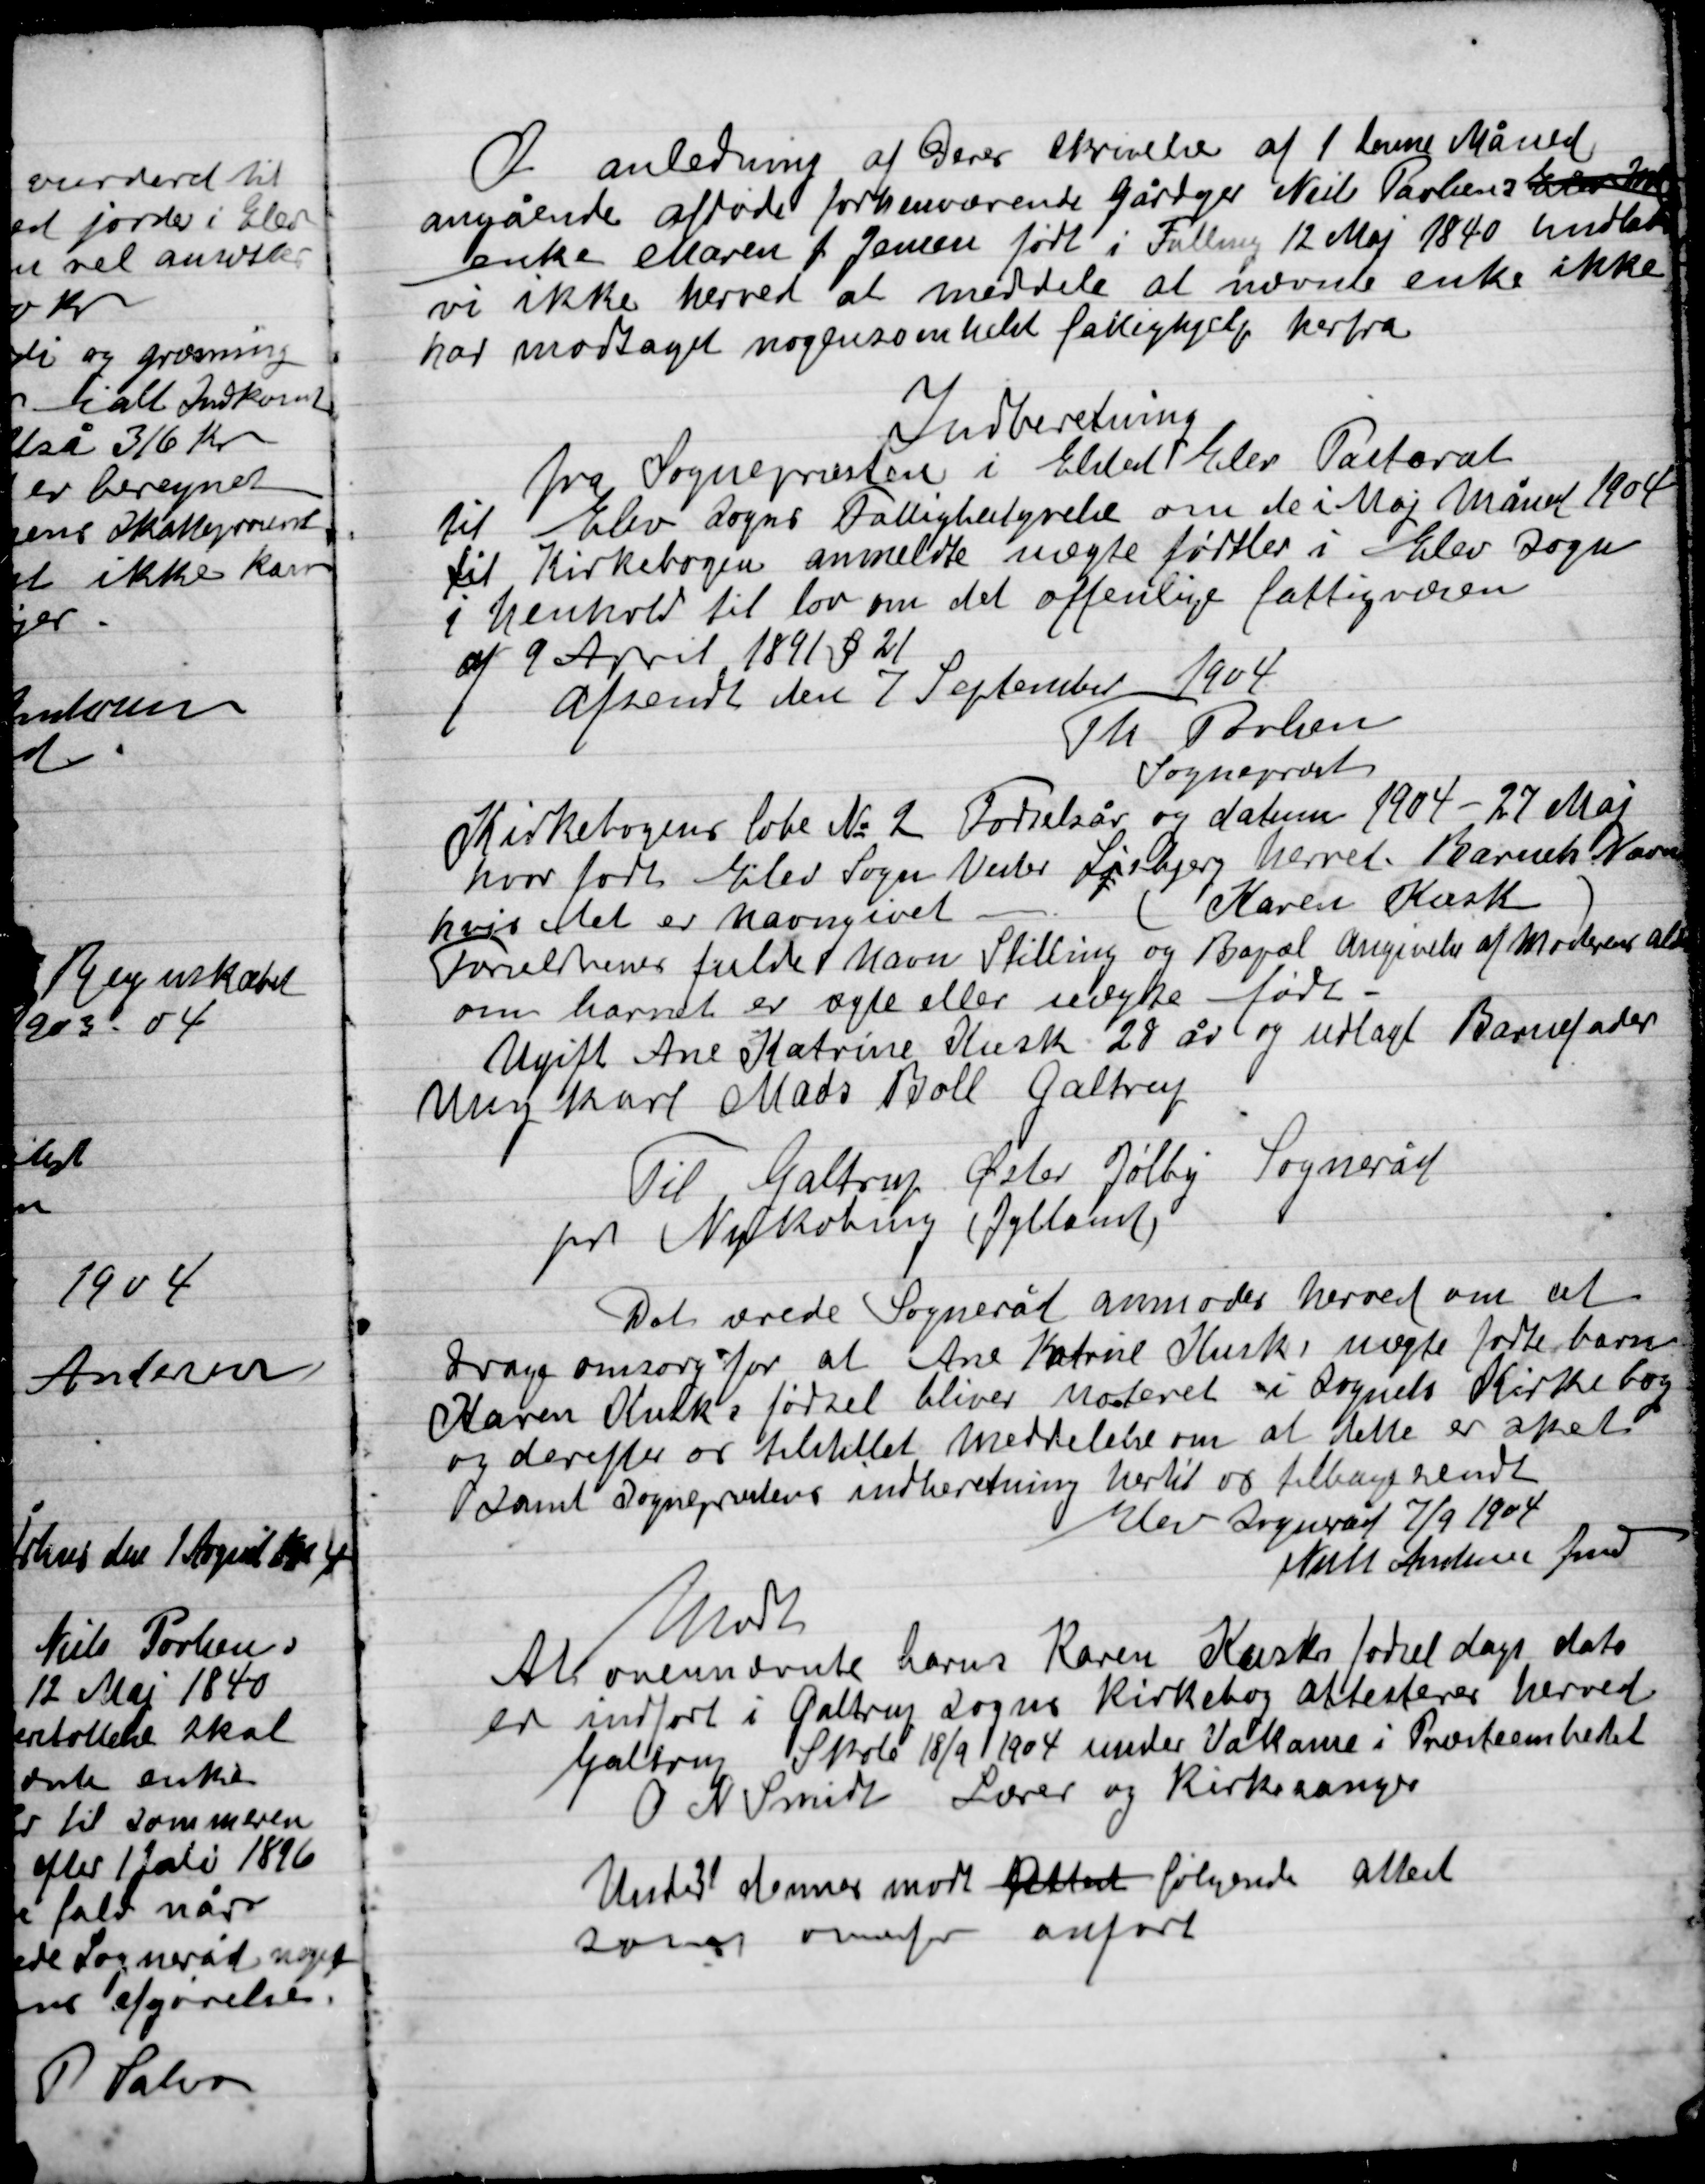
Transskription:
I anledning af Deres skrivelse af 1 denne Måned
angående afdøde forhenværende gårdejer Niels Poulsen Elev
enke Maren F. Jensen født i Falling 12 Maj 1840 hvilket
vi ikke herved at meddele at nævnte enke ikke
har modtaget nogen som helst fattighjælp herfra.

Indberetning
Fra Sognepræsten i Elsted Elev Pastorat
til Elev Sogns Fattigstyrelse om de i Maj måned 1904
til Kirkebogen anmeldte uægte fødsel i Elev Sogn
i henhold til lov om det offentlige fattigvæsen
af 9 April 1891 § 21
afsendt den 7 September 1904
Th. Poulsen
Sognepræst

Kirkebogens folie Nr. 2 Fødselsår og datum 1904 - 27 Maj
Sognepræst
hvor ført Elev Sogn Vester Lisbjerg herred. Barnets Navn
hvis det er navngivet – (Karen Kusk)
Foremener fulde Navn Stilling og Bopæl Angivelse af Moderen al
om barnet er ægte eller uægte født.
Ugift Ane Katrine Kusk 28 År og udlagt Barnefader
Ungkarl Mads Boll Galtrup

Til Galtrup Øster Jølby Sogneråd
Pr Nykøbing (Jylland)
Det ærede Sogneråd anmoder herved om at
drage omsorg for at Ane Katrine Kusks uægte fødte barn
Karen Kusks fødsel bliver noteret i Sognets Kirkebog
og derefter er tilstillet meddelelse om at dette er sket
samt Sognepræstens indberetning hertil os tilbagesendt
Elev Sogneråd 7/9 1904
Niels Andersen fmd

Alt ovennævnte barns Karen Kusk fødselsdags dato
er indført i Galtrup Sogns Kirkebog attesteres herved
Galtrup Skole 18/9 1904 under Vakame i Præsteembedet
O. N. Smidt Lærer og Kirkesanger
Under 31 denne mark Attest følgende attest
Som ovenfor anført